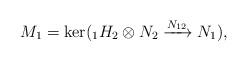
LaTeX: \begin{align*}M_1 = \ker ({_1H_2\otimes N_2} \xrightarrow{N_{12}} N_1),\end{align*}